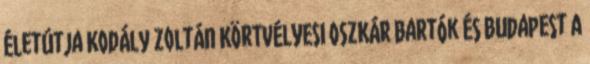
életútja Kodály Zoltán KÖRTVÉLYESI OSZKÁR Bartók és Budapest A